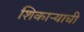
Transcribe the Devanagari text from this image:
शिकाऱ्याची